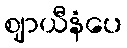
ဈာယီနံပေ